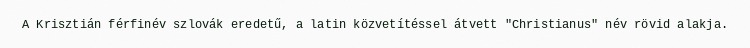
A Krisztián férfinév szlovák eredetű, a latin közvetítéssel átvett "Christianus" név rövid alakja.